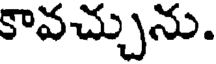
కావచ్చును.